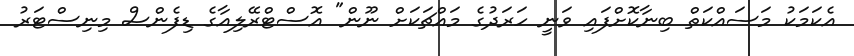
އެކަމަކު މަސައްކަތް ބިނާކޮށްފައި ވަނީ ހަރަދުގެ މައްޗަކަށް ނޫން" އޮސްޓްރޭލިއާގެ ޑިފެންސް މިނިސްޓަރު